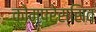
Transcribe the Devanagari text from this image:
कोम्प्रेस्सिव